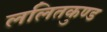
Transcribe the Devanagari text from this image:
ललितकुण्ड